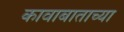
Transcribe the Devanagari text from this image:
कावाबाताच्या